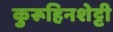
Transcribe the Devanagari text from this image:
कुरूहिनशेट्टी